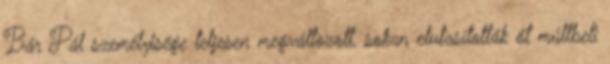
Bár Pál személyisége teljesen megváltozott, sokan elutasították őt múltbeli